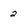
Character: 2